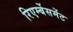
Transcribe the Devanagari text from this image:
रिएर्म्बेसमेंट